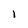
Character: l